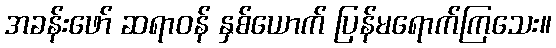
အခန်းဖော် ဆရာဝန် နှစ်ယောက် ပြန်မရောက်ကြသေး။